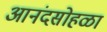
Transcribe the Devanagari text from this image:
आनंदसोहळा